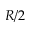
R / 2